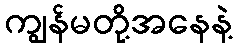
ကျွန်မတို့အနေနဲ့